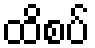
ထိစပ်